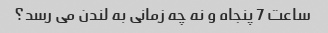
ساعت 7 پنجاه و نه چه زمانی به لندن می رسد؟